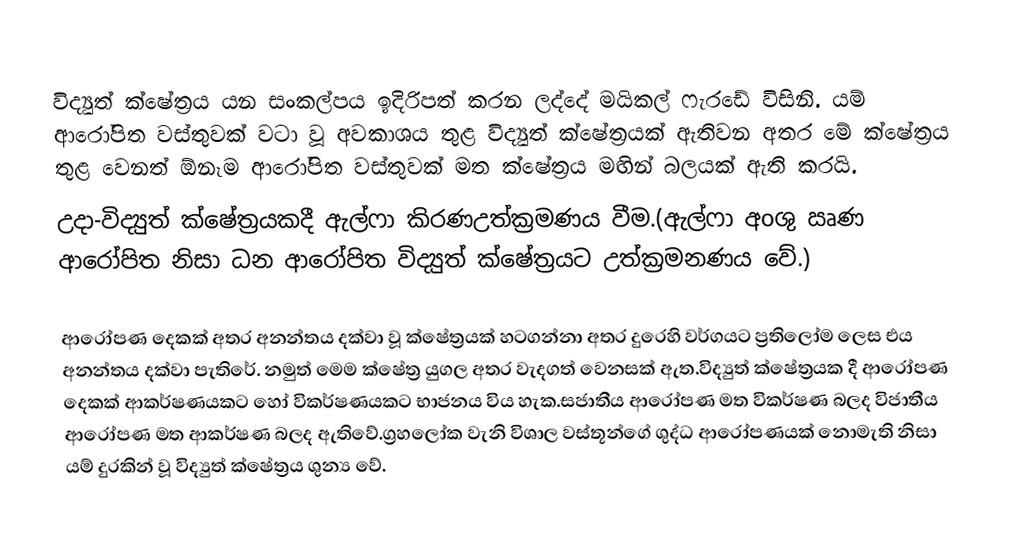
විද්‍යුත් ‍ක්ෂේත්‍රය යන සංකල්පය ඉදිරිපත් කරන ලද්දේ මයිකල් ෆැරඩේ විසිනි. යම් ආරෝපිත වස්තුවක් වටා වූ අවකාශය තුළ විද්‍යුත් ක්ෂේත්‍රයක් ඇතිවන අතර මේ ක්ෂේත්‍රය තුළ වෙනත් ඕනෑම ආරෝපිත වස්තුවක් මත ක්ෂේත්‍රය මඟින් බලයක් ඇති කරයි.
      උදා-විද්‍යුත් ක්ෂේත්‍රයකදී ඇල්ෆා කිරණඋත්ක්‍රමණය වීම.(ඇල්ෆා අoශු ඍණ ආරෝපිත නිසා ධන ආරෝපිත විද්‍යුත් ක්ෂේත්‍රයට උත්ක්‍රමනණය වේ.)

 ආරෝපණ දෙකක් අතර අනන්තය දක්වා වූ ක්ෂේත්‍රයක් හටගන්නා අතර දුරෙහි වර්ගයට ප්‍රතිලෝම ලෙස එය අනන්තය දක්වා පැතිරේ. නමුත් මෙම ක්ෂේත්‍ර යුගල අතර වැදගත් වෙනසක් ඇත.විද්‍යුත් ක්ෂේත්‍රයක දී ආරෝපණ දෙකක් ආකර්ෂණයකට හෝ විකර්ෂණයකට භාජනය විය හැක.සජාතීය ආරෝපණ මත විකර්ෂණ බලද විජාතීය ආරෝපණ මත ආකර්ෂණ බලද ඇතිවේ.ග්‍රහලෝක වැනි විශාල වස්තූන්ගේ ශුද්ධ ආරෝපණයක් නොමැති නිසා යම් දුරකින් වූ විද්‍යුත් ක්ෂේත්‍රය ශුන්‍ය වේ.